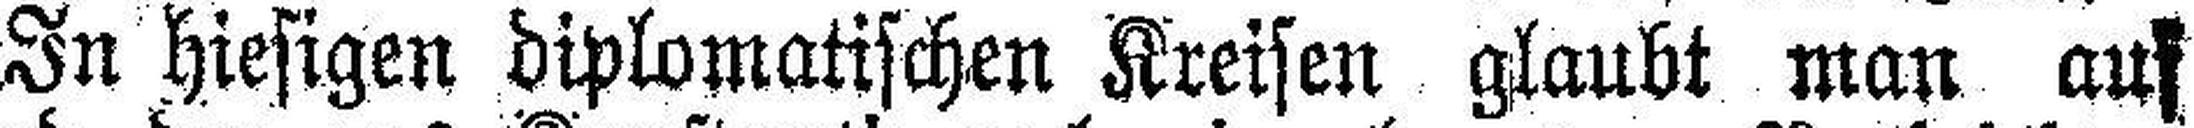
In hiesigen diplomatischen Kreisen glaubt man auf